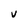
Character: V